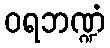
ဝရဘဏ္ဍံ